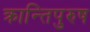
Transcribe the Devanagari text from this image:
क्रान्तिपुरुष